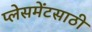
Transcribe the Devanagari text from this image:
प्लेसमेंटसाठी